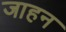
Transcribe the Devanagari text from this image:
जाहन